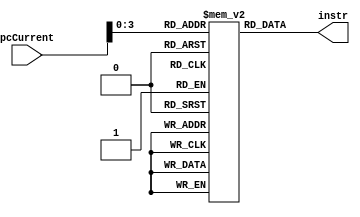
module Instr_Memory(
    input [31:0] pcCurrent,
    
    output [31:0] instr
);

    reg [31:0] Instruction[11:0];

    initial begin

        // subone
        Instruction[0] = 32'd8454158;
        Instruction[1] = 32'd8519693;
        Instruction[2] = 32'd8585228;
        Instruction[3] = 32'd17432578;
        Instruction[4] = 32'd720897;
        Instruction[5] = 32'd16842749;
        Instruction[6] = 32'd29360128;
        Instruction[7] = 32'd65540;
        Instruction[8] = 32'd8454159;
        Instruction[9] = 32'd12845071;
        Instruction[10] = 32'd8454159;
        Instruction[11] = 32'd25165824;

        // jalrTest
        // Instruction[0] = 32'd8519687;
        // Instruction[1] = 32'd22216704;
        // Instruction[2] = 32'd16777219;
        // Instruction[3] = 32'd29360128;
        // Instruction[4] = 32'd29360128;
        // Instruction[5] = 32'd1179649;
        // Instruction[6] = 32'd25165824;
    end

    assign instr = Instruction[pcCurrent];

endmodule